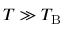
T \gg T _ { \mathrm { B } }